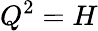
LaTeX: Q^{2}=H